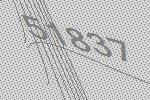
51837